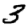
Digit: 3